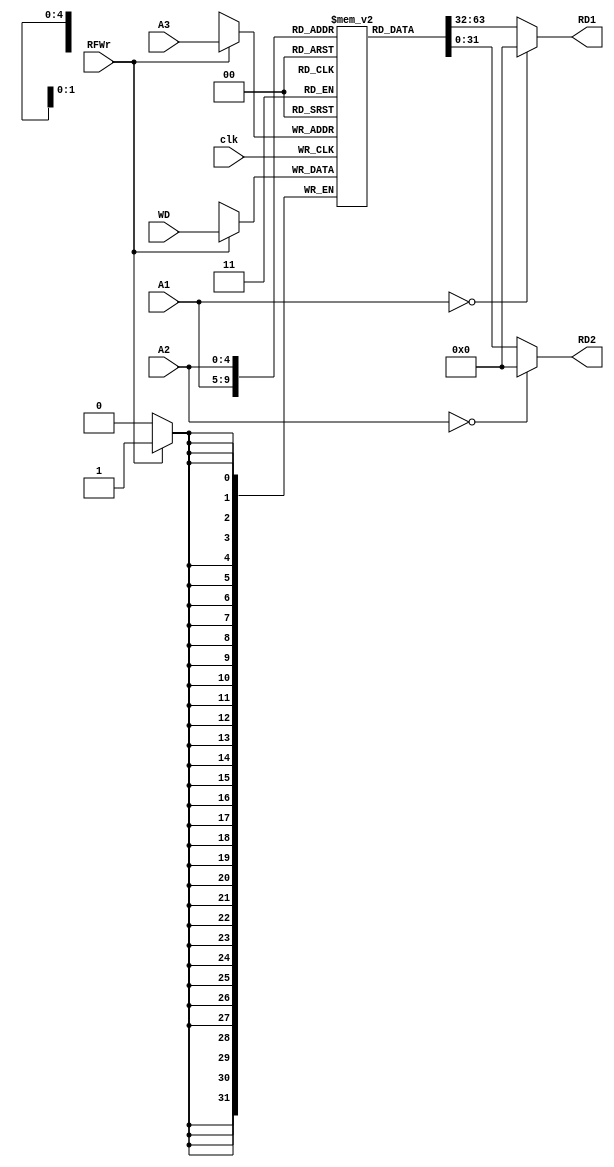

module RF( A1, A2, A3, WD, clk, RFWr, RD1, RD2 );
//register files
   input  [4:0]  A1, A2, A3;    //input registers
   input  [31:0] WD;            //write data
   input         clk;
   input         RFWr;
   output [31:0] RD1, RD2;      //output registers
   
   reg [31:0] rf[31:0];         //inside registers
   
   integer i;
   initial begin
       for (i=0; i<32; i=i+1)
          rf[i] = 0;
   end
   
   always @(negedge clk) begin
      if (RFWr)
         rf[A3] <= WD;          //write in 
         
      $display("R[00-08]=%8X, %8X, %8X, %8X, %8X, %8X, %8X, %8X, %8X", 0, rf[1], rf[2], rf[3], rf[4], rf[5], rf[6], rf[7], rf[8]);
      $display("R[31]=%8X", rf[31]);

   end // end always
   
   assign RD1 = (A1 == 0) ? 32'd0 : rf[A1];//default read out
   assign RD2 = (A2 == 0) ? 32'd0 : rf[A2];
   
endmodule